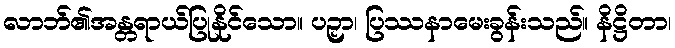
လာဘ်၏အန္တရာယ်ပြုနိုင်သော။ ပဉှာ၊ ပြဿနာမေးခွန်းသည်။ နိဋ္ဌိတာ၊